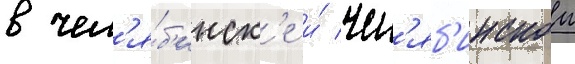
в чел'я́б'инск'е и́ чел'яб'инскои